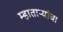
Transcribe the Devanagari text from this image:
म्हाताऱ्यांचा